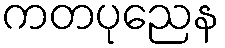
ကတပုညေန